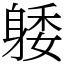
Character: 躷